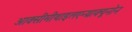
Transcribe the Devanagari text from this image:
आक्सीमीथाइलएन्थ्राक्यूनोन